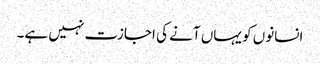
انسانوں کو یہاں آنے کی اجازت نہیں ہے۔